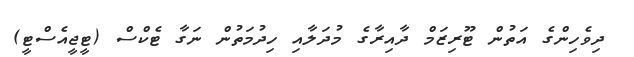
ދިވެހިންގެ އަތުން ޓޫރިޒަމް ދާއިރާގެ މުދަލާއި ހިދުމަތުން ނަގާ ޓެކްސް (ޓީޖީއެސްޓީ)